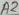
Text: A2